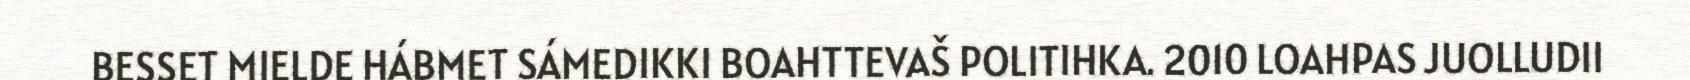
BESSET MIELDE HÁBMET SÁMEDIKKI BOAHTTEVAŠ POLITIHKA. 2010 LOAHPAS JUOLLUDII